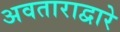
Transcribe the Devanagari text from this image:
अवताराद्वारे